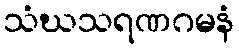
သံဃသရဏဂမနံ